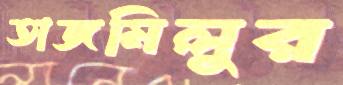
তাজমিলুর